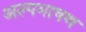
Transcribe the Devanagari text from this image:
अल्पभाषण